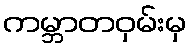
ကမ္ဘာတဝှမ်းမှ